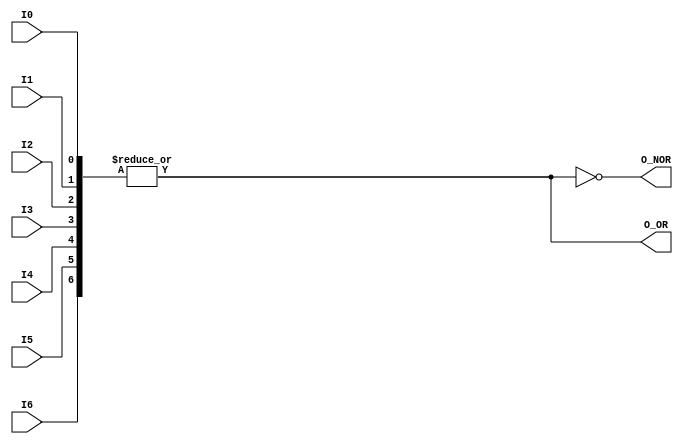

module ornor7(output wire O_OR, output wire O_NOR,
	      input wire I0, I1, I2, I3, I4, I5, I6);

   assign O_OR  =  | {I0, I1, I2, I3, I4, I5, I6};
   assign O_NOR = ~| {I0, I1, I2, I3, I4, I5, I6};

endmodule